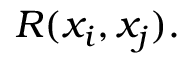
R ( x _ { i } , x _ { j } ) .